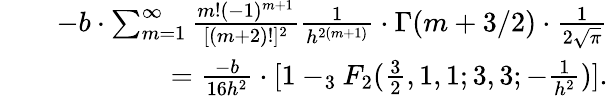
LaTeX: \begin{array}{rlr}&{}&{-b\cdot\sum_{m=1}^{\infty}{\frac{m!(-1)^{m+1}}{[(m+2)!]^{2}}}{\frac{1}{h^{2(m+1)}}}\cdot\Gamma(m+3/2)\cdot{\frac{1}{2\sqrt{\pi}}}}\\ &{}&{={\frac{-b}{16h^{2}}}\cdot[1-_{3}F_{2}({\frac{3}{2}},1,1;3,3;-{\frac{1}{h^{2}}})].}\end{array}